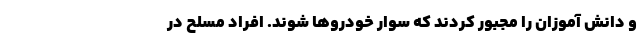
و دانش آموزان را مجبور کردند که سوار خودروها شوند. افراد مسلح در